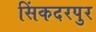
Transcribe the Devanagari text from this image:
सिंकदरपुर